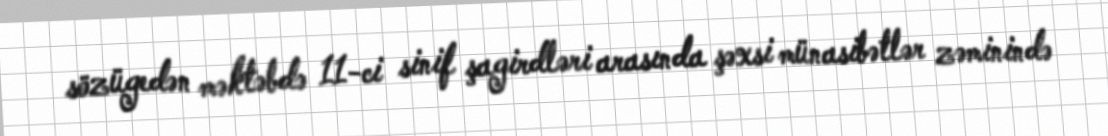
sözügedən məktəbdə 11-ci sinif şagirdləri arasında şəxsi münasibətlər zəminində